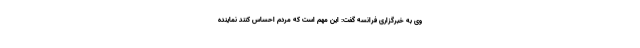
وی به خبرگزاری فرانسه گفت: این مهم است که مردم احساس کنند نماینده